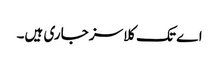
اے تک کلاسز جاری ہیں۔